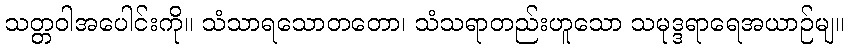
သတ္တဝါအပေါင်းကို။ သံသာရသောတတော၊ သံသရာတည်းဟူသော သမုဒ္ဒရာရေအယာဉ်မျ။